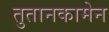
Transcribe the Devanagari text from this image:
तुतानकामेन